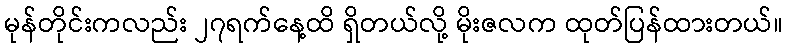
မုန်တိုင်းကလည်း ၂၇ရက်နေ့ထိ ရှိတယ်လို့ မိုးဇလက ထုတ်ပြန်ထားတယ်။